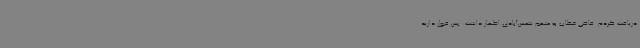
دریافت کردم. قاضی خطاب به متهم شمس‌آبادی اظهار داشت: پس قبول دارید